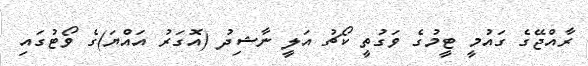
ރާއްޖޭގެ ގައުމީ ޓީމުގެ ވަގުތީ ކޯޗު އަލީ ނާޝިދު (އޮގަރު އައްޔަ)ގެ ވޯޓުގައި